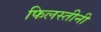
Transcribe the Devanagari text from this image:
फिलस्तीनी